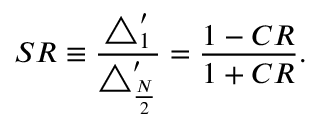
S R \equiv \frac { \triangle _ { 1 } ^ { \prime } } { \triangle _ { \frac { N } { 2 } } ^ { \prime } } = \frac { 1 - C R } { 1 + C R } .